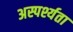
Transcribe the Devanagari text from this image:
अस्पर्श्यता